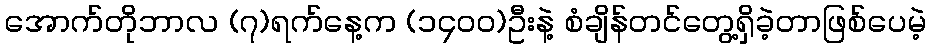
အောက်တိုဘာလ (၇)ရက်နေ့က (၁၄၀၀)ဦးနဲ့ စံချိန်တင်တွေ့ရှိခဲ့တာဖြစ်ပေမဲ့